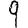
Digit: 9